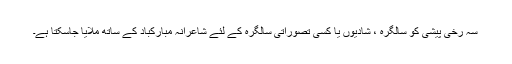
سہ رخی پیشی کو سالگرہ ، شادیوں یا کسی تصوراتی سالگرہ کے لئے شاعرانہ مبارکباد کے ساتھ ملایا جاسکتا ہے۔